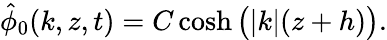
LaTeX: \hat{\phi}_{0}(k,z,t)=C\cosh\big(|k|(z+h)\big).